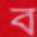
ব